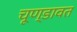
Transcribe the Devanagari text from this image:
चूण्डावत